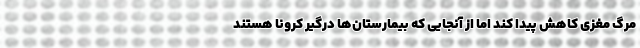
مرگ مغزی کاهش پیدا کند اما از آنجایی که بیمارستان‌ها درگیر کرونا هستند